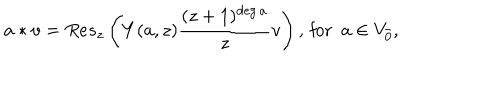
a * v = R e s _ { z } \left( Y ( a , z ) \frac { ( z + 1 ) ^ { \deg a } } { z } v \right) , \, \mathrm { f o r } \, \, \, a \in V _ { \bar { 0 } } ,